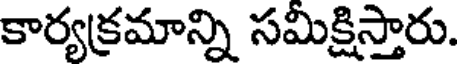
కార్యక్రమాన్ని సమిక్షిస్తారు.